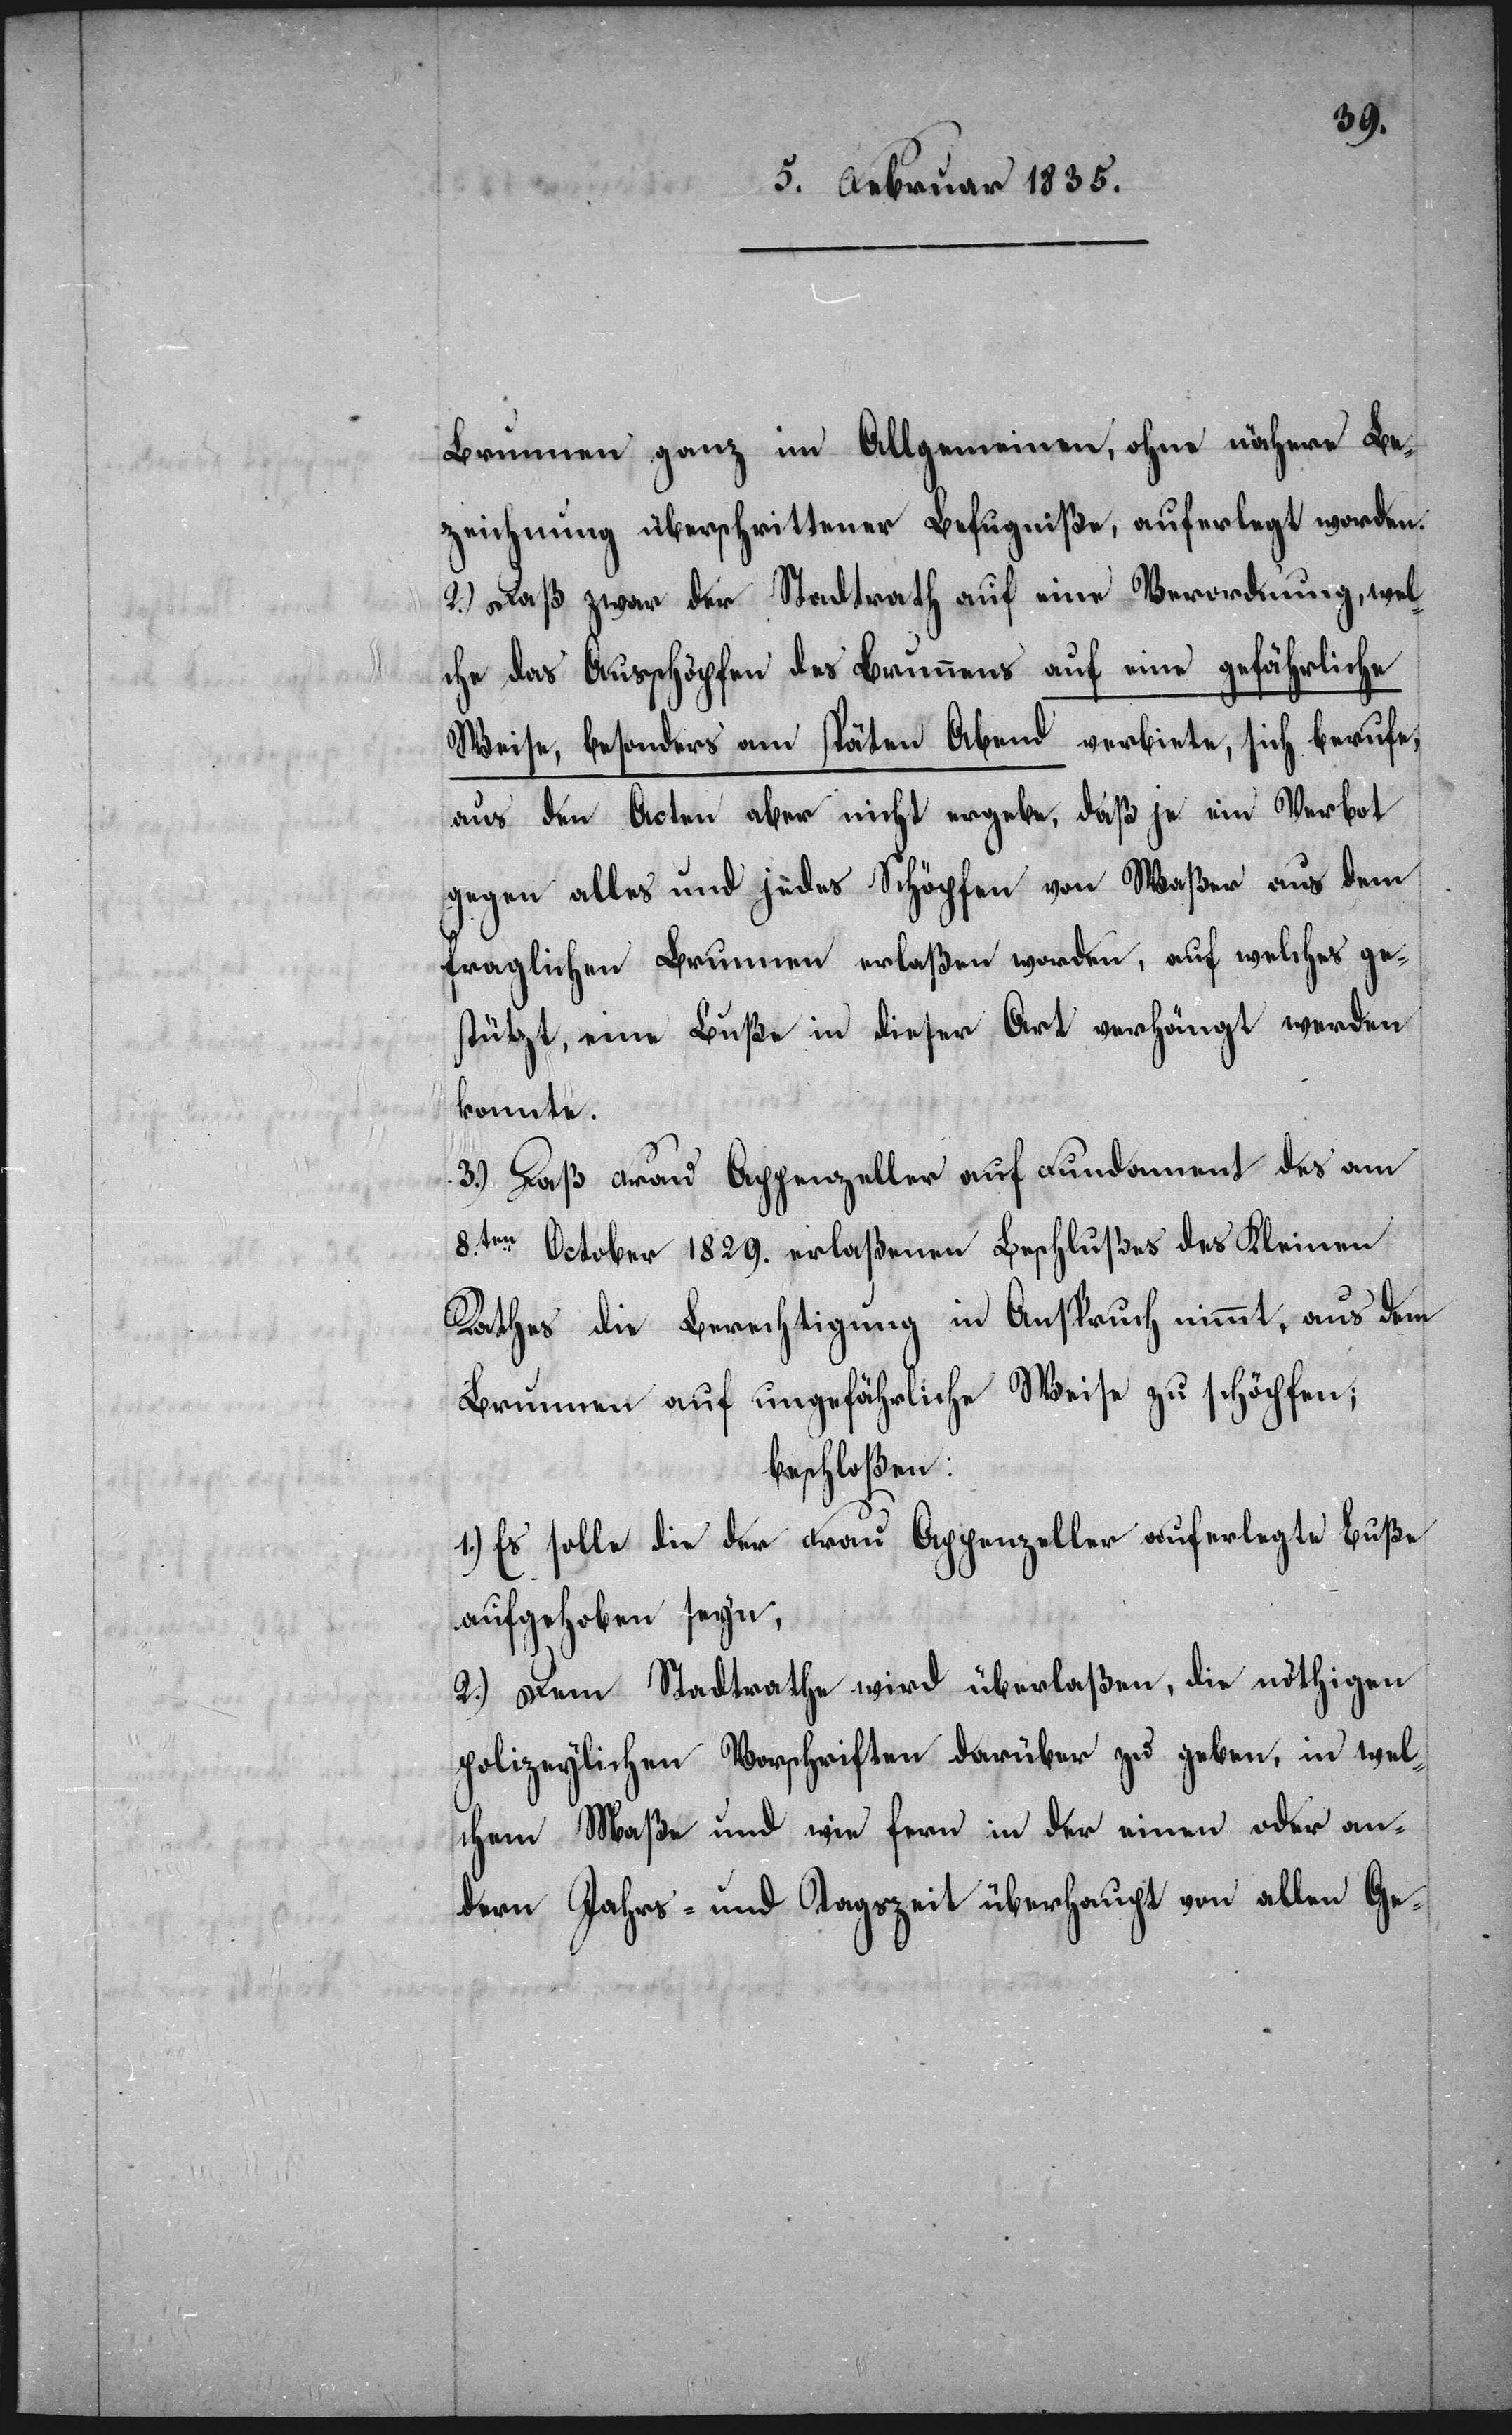
Brunnen ganz im Allgemeinen, ohne nähere Be¬
zeichnung überschrittener Befugniße, auferlegt worden.
2.) Daß zwar der Stadtrath auf eine Verordnung, wel¬
che das Ausschöpfen des Brunnens auf eine gefährliche
Weise, besonders am späten Abend verbiete, sich berufe,
aus den Acten aber nicht ergebe, daß je ein Verbot
gegen alles und jedes Schöpfen von Waßer aus dem
fraglichen Brunnen erlaßen worden, auf welches ge¬
stützt, eine Buße in dieser Art verhängt werden
konnte.
3.) Daß Frau Appenzeller auf Fundament des am
8.ten October 1829. erlaßenen Beschlußes des Kleinen
Rathes die Berechtigung in Anspruch nimmt, aus dem
Brunnen auf ungefährliche Weise zu schöpfen;
beschloßen:
1.) Es solle die der Frau Appenzeller auferlegte Buße
aufgehoben seyn;
2.) Dem Stadtrathe wird überlaßen, die nöthigen
polizeylichen Vorschriften darüber zu geben, in wel¬
chem Maße und wie fern in der einen oder an¬
dern Jahres- und Tageszeit überhaupt von allen Ge-